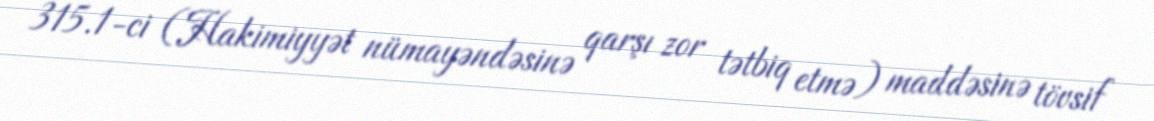
315.1-ci (Hakimiyyət nümayəndəsinə qarşı zor tətbiq etmə) maddəsinə tövsif